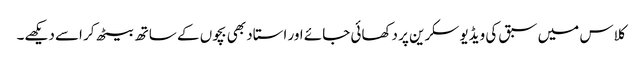
کلاس میں سبق کی ویڈیو سکرین پر دکھائی جائے اور استاد بھی بچوں کے ساتھ بیٹھ کر اسے دیکھے۔